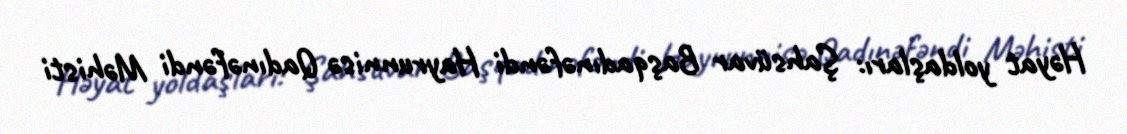
Həyat yoldaşları: Şahsüvar Başqadınəfəndi Hayrunnisə Qadınəfəndi Məhisti